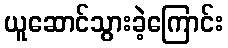
ယူဆောင်သွားခဲ့ကြောင်း